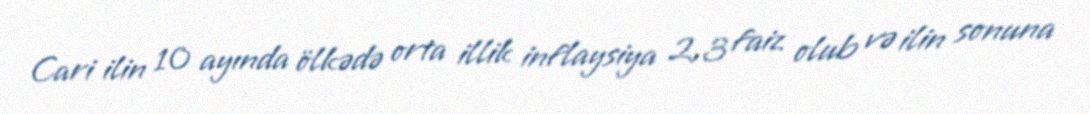
Cari ilin 10 ayında ölkədə orta illik inflaysiya 2,3 faiz olub və ilin sonuna